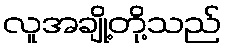
လူအချို့တို့သည်